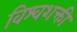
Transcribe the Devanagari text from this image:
विश्वशक्ती